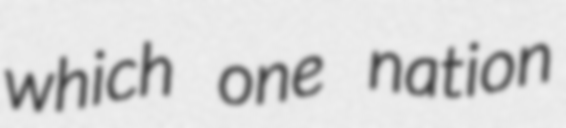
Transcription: which one nation